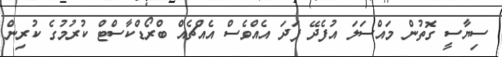
ސިޔާސީ ގޮތުން މައްސަލަ އުފެދޭ ފަދަ އެއްވެސް އެއްޗެއް ބްރޯޑްކާސްޓް ކުރުމުގެ ކުރިން